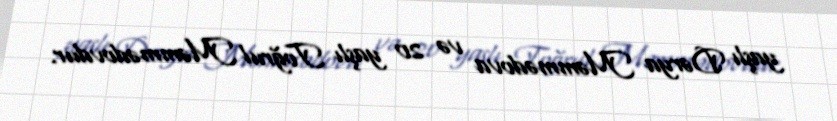
yaşlı Dərya Məmmədova və 20 yaşlı Toğrul Məmmədovdur.